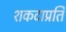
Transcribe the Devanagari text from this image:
शकटाप्रति